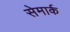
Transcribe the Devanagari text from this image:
सेमार्क